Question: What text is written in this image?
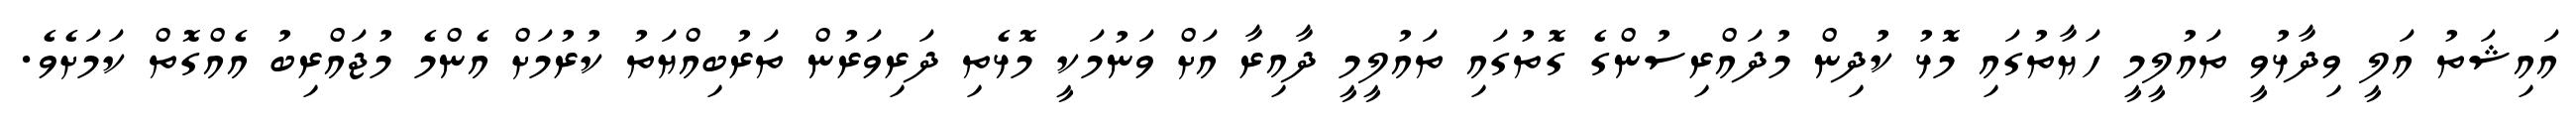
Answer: އައިޝަތު އަލީ ވިދާޅުވީ ތައުލީމީ ހަޔާތުގައި މޮޅު ކުދިން މުދައްރިސުންގެ ގޮތުގައި ތައުލީމީ ދާއިރާ އަށް ވަނުމަކީ މޮޅެތި ދަރިވަރުން ތަރުބިއްޔަތު ކުރުމަށް އެންމެ މުޖައްރިބު އެއްގޮތް ކަމަށެވެ.